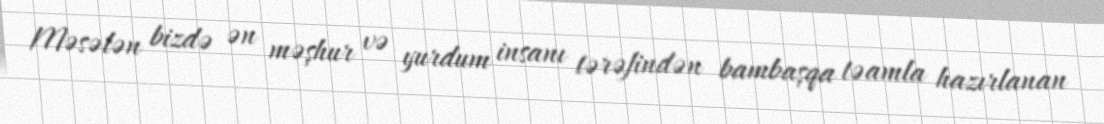
Məsələn bizdə ən məşhur və yurdum insanı tərəfindən bambaşqa təamla hazırlanan